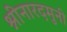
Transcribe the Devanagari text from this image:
श्नीनारदमुनी